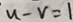
u - v = 1